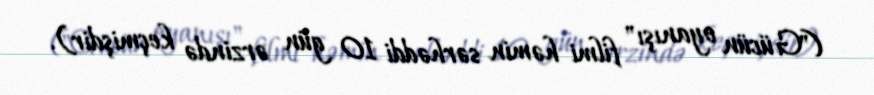
("Gücün oyanışı" filmi həmin sərhəddi 10 gün ərzində keçmişdir).